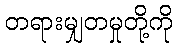
တရားမျှတမှုတို့ကို